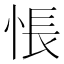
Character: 悵